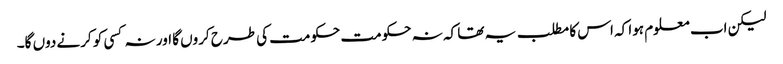
لیکن اب معلوم ہوا کہ اس کا مطلب یہ تھا کہ نہ حکومت حکومت کی طرح کروں گا اور نہ کسی کو کرنے دوں گا۔